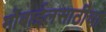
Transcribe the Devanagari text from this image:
मोबाईलसाठीचा